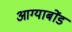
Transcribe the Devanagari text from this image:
आग्याबोंड